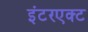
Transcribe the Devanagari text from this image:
इंटरएक्ट